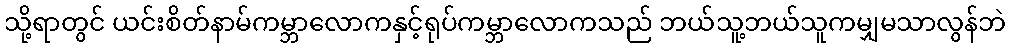
သို့ရာတွင် ယင်းစိတ်နာမ်ကမ္ဘာလောကနှင့်ရုပ်ကမ္ဘာလောကသည် ဘယ်သူ့ဘယ်သူကမျှမသာလွန်ဘဲ